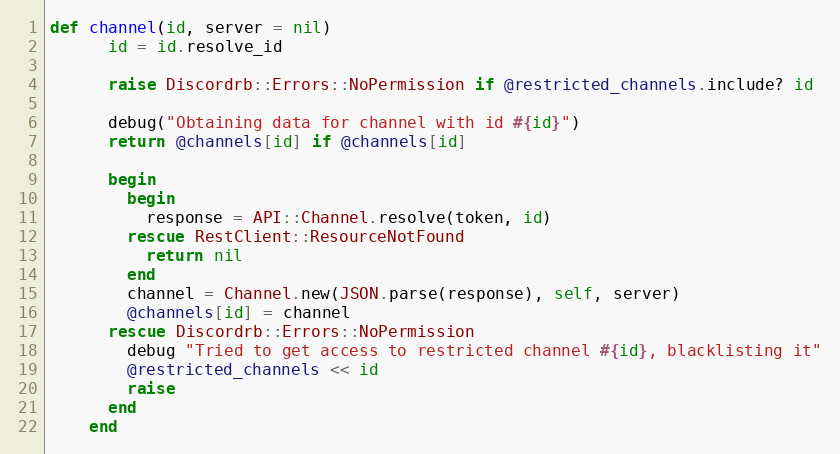
Language: Ruby
def channel(id, server = nil)
      id = id.resolve_id

      raise Discordrb::Errors::NoPermission if @restricted_channels.include? id

      debug("Obtaining data for channel with id #{id}")
      return @channels[id] if @channels[id]

      begin
        begin
          response = API::Channel.resolve(token, id)
        rescue RestClient::ResourceNotFound
          return nil
        end
        channel = Channel.new(JSON.parse(response), self, server)
        @channels[id] = channel
      rescue Discordrb::Errors::NoPermission
        debug "Tried to get access to restricted channel #{id}, blacklisting it"
        @restricted_channels << id
        raise
      end
    end